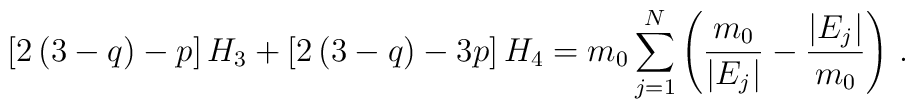
\left[2\left(3-q\right)-p\right]H_3+\left[2\left(3-q\right)-3p\right]H_4=m_0\sum_{j=1}^N\left(\frac{m_0}{\vert E_j\vert}-\frac{\vert E_j\vert}{ m_0}\right)\,.